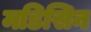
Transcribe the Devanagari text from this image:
मडिसिन